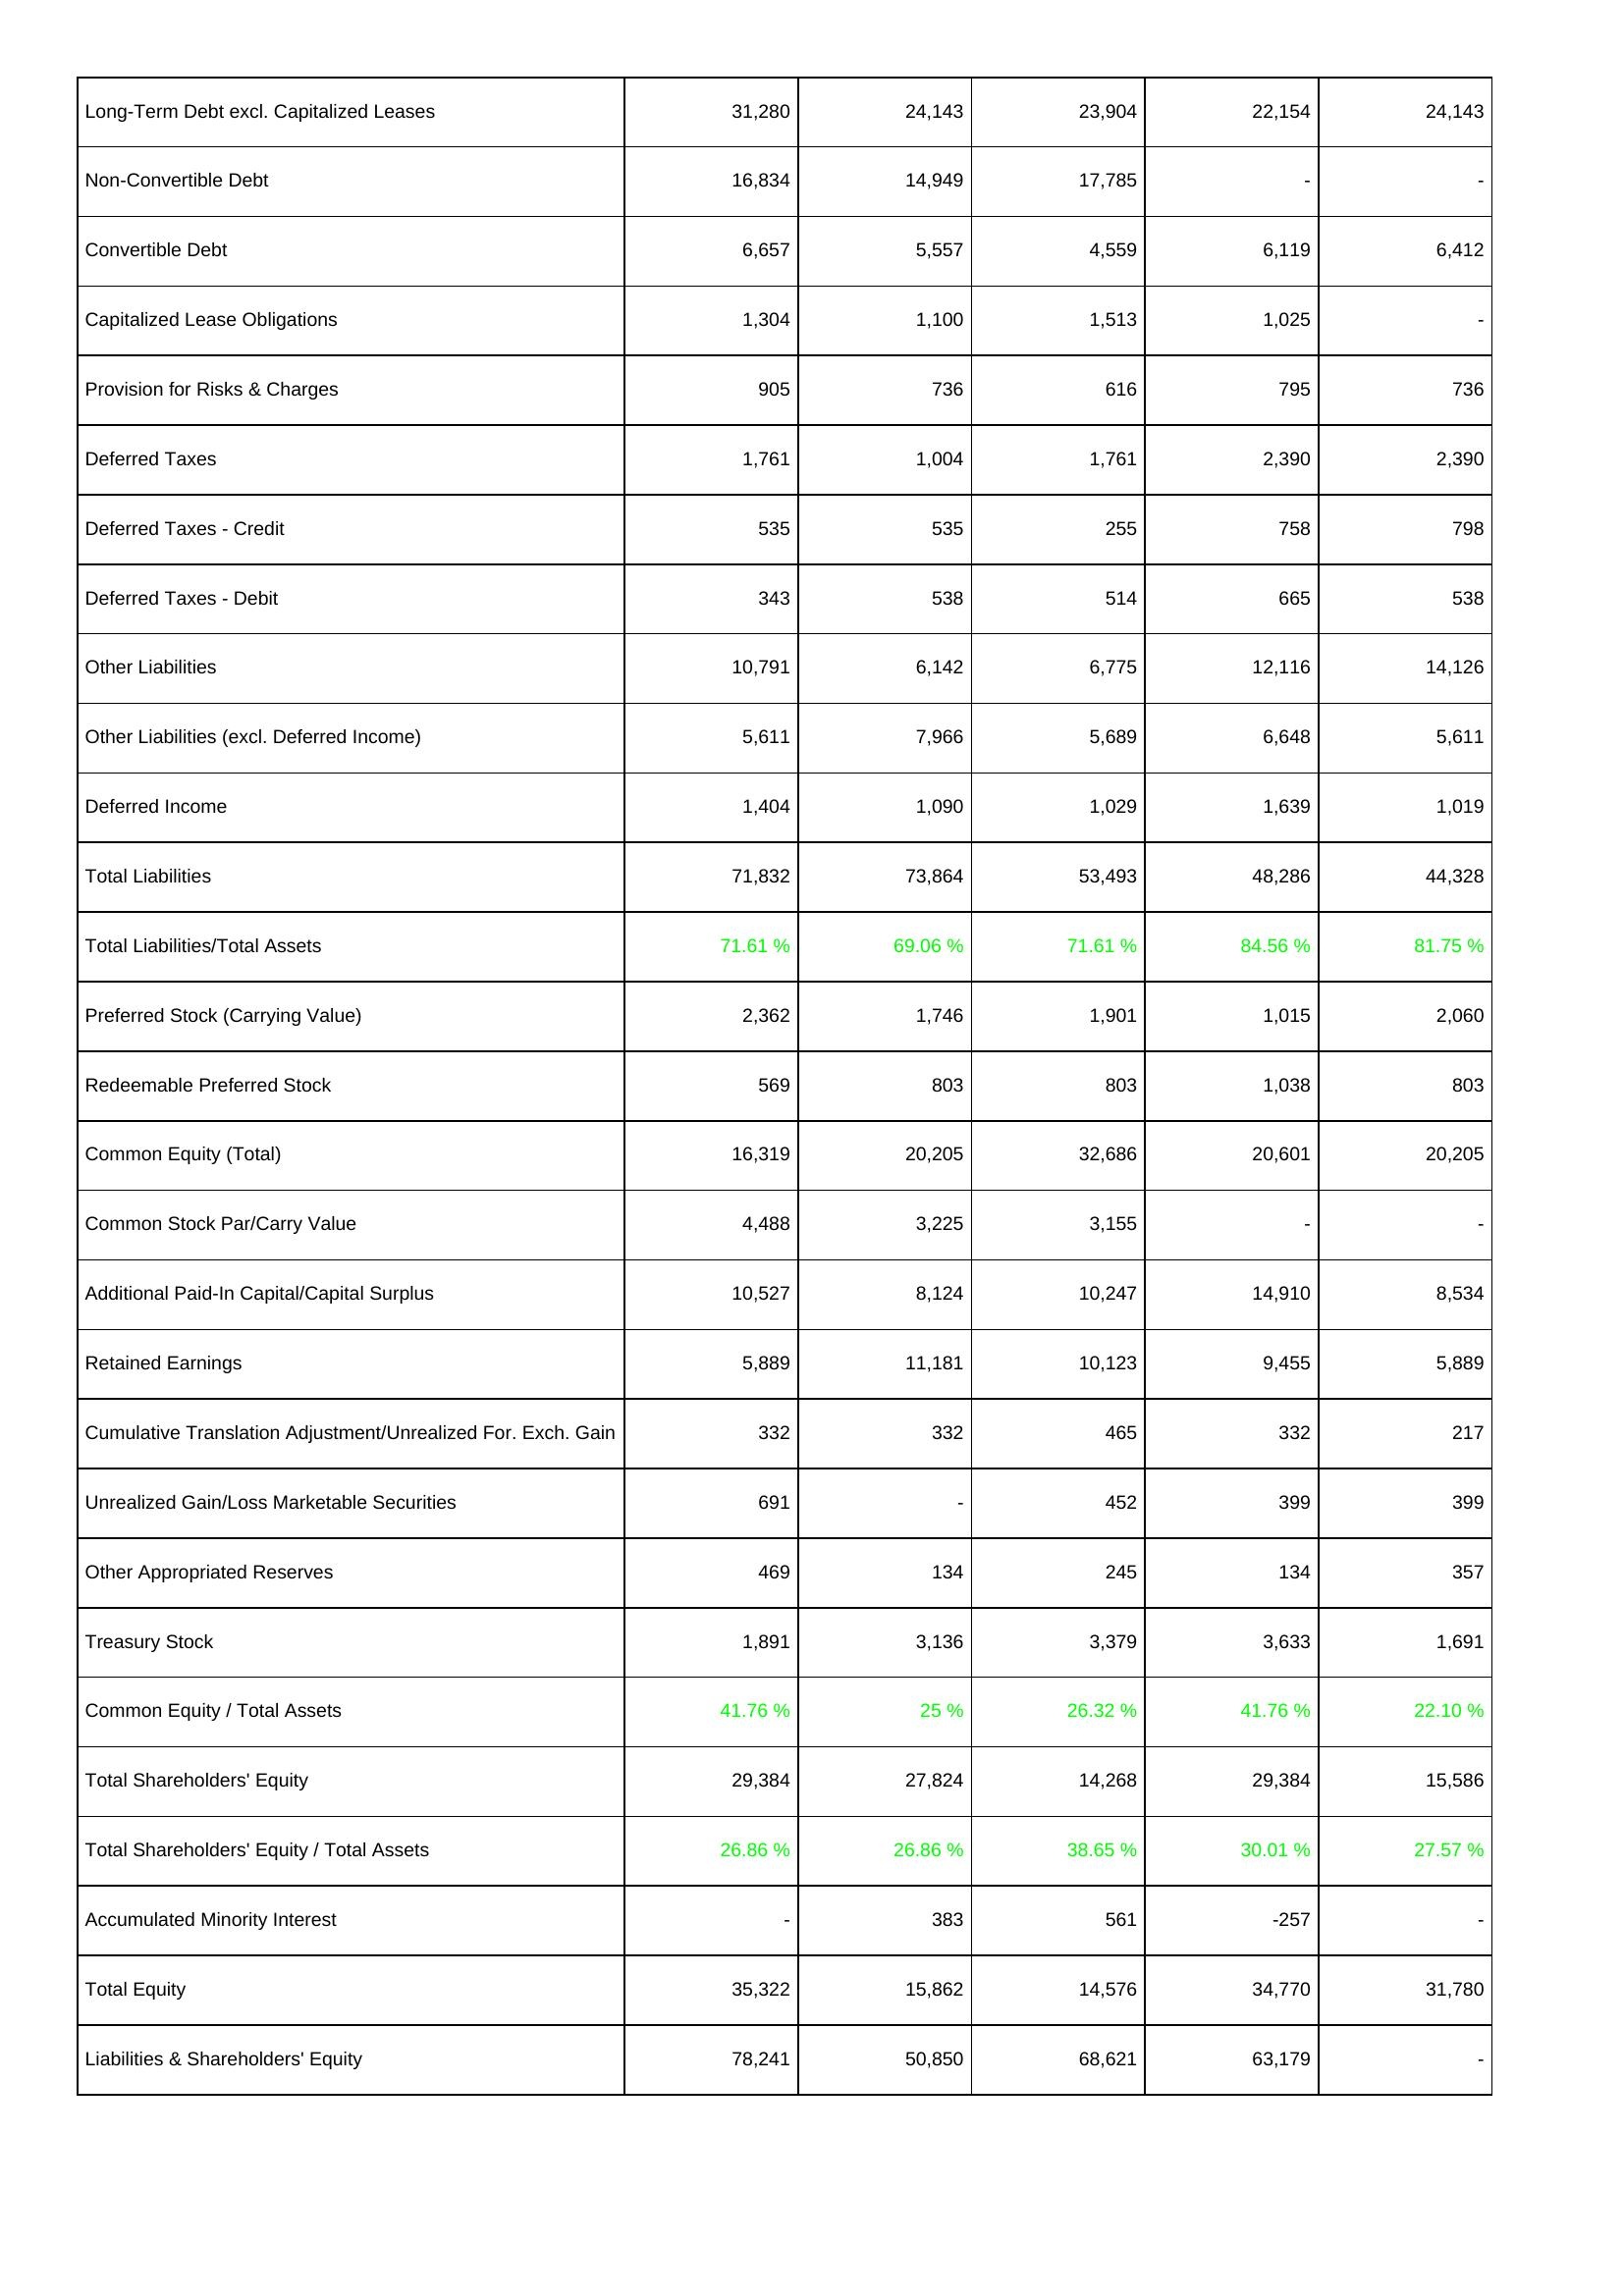
2022: Liabilities & Shareholders' Equity: Long-Term Debt excl. Capitalized Leases: 31,280
Non-Convertible Debt: 16,834
Convertible Debt: 6,657
Capitalized Lease Obligations: 1,304
Provision for Risks & Charges: 905
Deferred Taxes: 1,761
Deferred Taxes - Credit: 535
Deferred Taxes - Debit: 343
Other Liabilities: 10,791
Other Liabilities (excl. Deferred Income): 5,611
Deferred Income: 1,404
Total Liabilities: 71,832
Total Liabilities/Total Assets: 71.61 %
Preferred Stock (Carrying Value): 2,362
Redeemable Preferred Stock: 569
Common Equity (Total): 16,319
Common Stock Par/Carry Value: 4,488
Additional Paid-In Capital/Capital Surplus: 10,527
Retained Earnings: 5,889
Cumulative Translation Adjustment/Unrealized For. Exch. Gain: 332
Unrealized Gain/Loss Marketable Securities: 691
Other Appropriated Reserves: 469
Treasury Stock: 1,891
Common Equity / Total Assets: 41.76 %
Total Shareholders' Equity: 29,384
Total Shareholders' Equity / Total Assets: 26.86 %
Accumulated Minority Interest: -
Total Equity: 35,322
Liabilities & Shareholders' Equity: 78,241
2021: Liabilities & Shareholders' Equity: Long-Term Debt excl. Capitalized Leases: 24,143
Non-Convertible Debt: 14,949
Convertible Debt: 5,557
Capitalized Lease Obligations: 1,100
Provision for Risks & Charges: 736
Deferred Taxes: 1,004
Deferred Taxes - Credit: 535
Deferred Taxes - Debit: 538
Other Liabilities: 6,142
Other Liabilities (excl. Deferred Income): 7,966
Deferred Income: 1,090
Total Liabilities: 73,864
Total Liabilities/Total Assets: 69.06 %
Preferred Stock (Carrying Value): 1,746
Redeemable Preferred Stock: 803
Common Equity (Total): 20,205
Common Stock Par/Carry Value: 3,225
Additional Paid-In Capital/Capital Surplus: 8,124
Retained Earnings: 11,181
Cumulative Translation Adjustment/Unrealized For. Exch. Gain: 332
Unrealized Gain/Loss Marketable Securities: -
Other Appropriated Reserves: 134
Treasury Stock: 3,136
Common Equity / Total Assets: 25 %
Total Shareholders' Equity: 27,824
Total Shareholders' Equity / Total Assets: 26.86 %
Accumulated Minority Interest: 383
Total Equity: 15,862
Liabilities & Shareholders' Equity: 50,850
2020: Liabilities & Shareholders' Equity: Long-Term Debt excl. Capitalized Leases: 23,904
Non-Convertible Debt: 17,785
Convertible Debt: 4,559
Capitalized Lease Obligations: 1,513
Provision for Risks & Charges: 616
Deferred Taxes: 1,761
Deferred Taxes - Credit: 255
Deferred Taxes - Debit: 514
Other Liabilities: 6,775
Other Liabilities (excl. Deferred Income): 5,689
Deferred Income: 1,029
Total Liabilities: 53,493
Total Liabilities/Total Assets: 71.61 %
Preferred Stock (Carrying Value): 1,901
Redeemable Preferred Stock: 803
Common Equity (Total): 32,686
Common Stock Par/Carry Value: 3,155
Additional Paid-In Capital/Capital Surplus: 10,247
Retained Earnings: 10,123
Cumulative Translation Adjustment/Unrealized For. Exch. Gain: 465
Unrealized Gain/Loss Marketable Securities: 452
Other Appropriated Reserves: 245
Treasury Stock: 3,379
Common Equity / Total Assets: 26.32 %
Total Shareholders' Equity: 14,268
Total Shareholders' Equity / Total Assets: 38.65 %
Accumulated Minority Interest: 561
Total Equity: 14,576
Liabilities & Shareholders' Equity: 68,621
2019: Liabilities & Shareholders' Equity: Long-Term Debt excl. Capitalized Leases: 22,154
Non-Convertible Debt: -
Convertible Debt: 6,119
Capitalized Lease Obligations: 1,025
Provision for Risks & Charges: 795
Deferred Taxes: 2,390
Deferred Taxes - Credit: 758
Deferred Taxes - Debit: 665
Other Liabilities: 12,116
Other Liabilities (excl. Deferred Income): 6,648
Deferred Income: 1,639
Total Liabilities: 48,286
Total Liabilities/Total Assets: 84.56 %
Preferred Stock (Carrying Value): 1,015
Redeemable Preferred Stock: 1,038
Common Equity (Total): 20,601
Common Stock Par/Carry Value: -
Additional Paid-In Capital/Capital Surplus: 14,910
Retained Earnings: 9,455
Cumulative Translation Adjustment/Unrealized For. Exch. Gain: 332
Unrealized Gain/Loss Marketable Securities: 399
Other Appropriated Reserves: 134
Treasury Stock: 3,633
Common Equity / Total Assets: 41.76 %
Total Shareholders' Equity: 29,384
Total Shareholders' Equity / Total Assets: 30.01 %
Accumulated Minority Interest: -257
Total Equity: 34,770
Liabilities & Shareholders' Equity: 63,179
2018: Liabilities & Shareholders' Equity: Long-Term Debt excl. Capitalized Leases: 24,143
Non-Convertible Debt: -
Convertible Debt: 6,412
Capitalized Lease Obligations: -
Provision for Risks & Charges: 736
Deferred Taxes: 2,390
Deferred Taxes - Credit: 798
Deferred Taxes - Debit: 538
Other Liabilities: 14,126
Other Liabilities (excl. Deferred Income): 5,611
Deferred Income: 1,019
Total Liabilities: 44,328
Total Liabilities/Total Assets: 81.75 %
Preferred Stock (Carrying Value): 2,060
Redeemable Preferred Stock: 803
Common Equity (Total): 20,205
Common Stock Par/Carry Value: -
Additional Paid-In Capital/Capital Surplus: 8,534
Retained Earnings: 5,889
Cumulative Translation Adjustment/Unrealized For. Exch. Gain: 217
Unrealized Gain/Loss Marketable Securities: 399
Other Appropriated Reserves: 357
Treasury Stock: 1,691
Common Equity / Total Assets: 22.10 %
Total Shareholders' Equity: 15,586
Total Shareholders' Equity / Total Assets: 27.57 %
Accumulated Minority Interest: -
Total Equity: 31,780
Liabilities & Shareholders' Equity: -